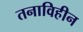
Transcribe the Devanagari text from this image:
तनाविहीन